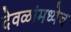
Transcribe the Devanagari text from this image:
देवळांमध्येच